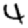
Digit: 4